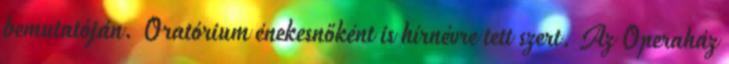
bemutatóján. Oratórium énekesnőként is hírnévre tett szert. Az Operaház